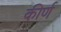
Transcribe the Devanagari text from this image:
कीर्ण